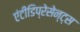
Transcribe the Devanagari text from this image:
एंटीडिप्रेसेन्ट्स